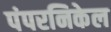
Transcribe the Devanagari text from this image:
पंपरनिकेल